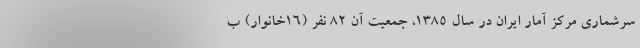
سرشماری مرکز آمار ایران در سال ۱۳۸۵، جمعیت آن ۸۲ نفر (۱۶خانوار) ب